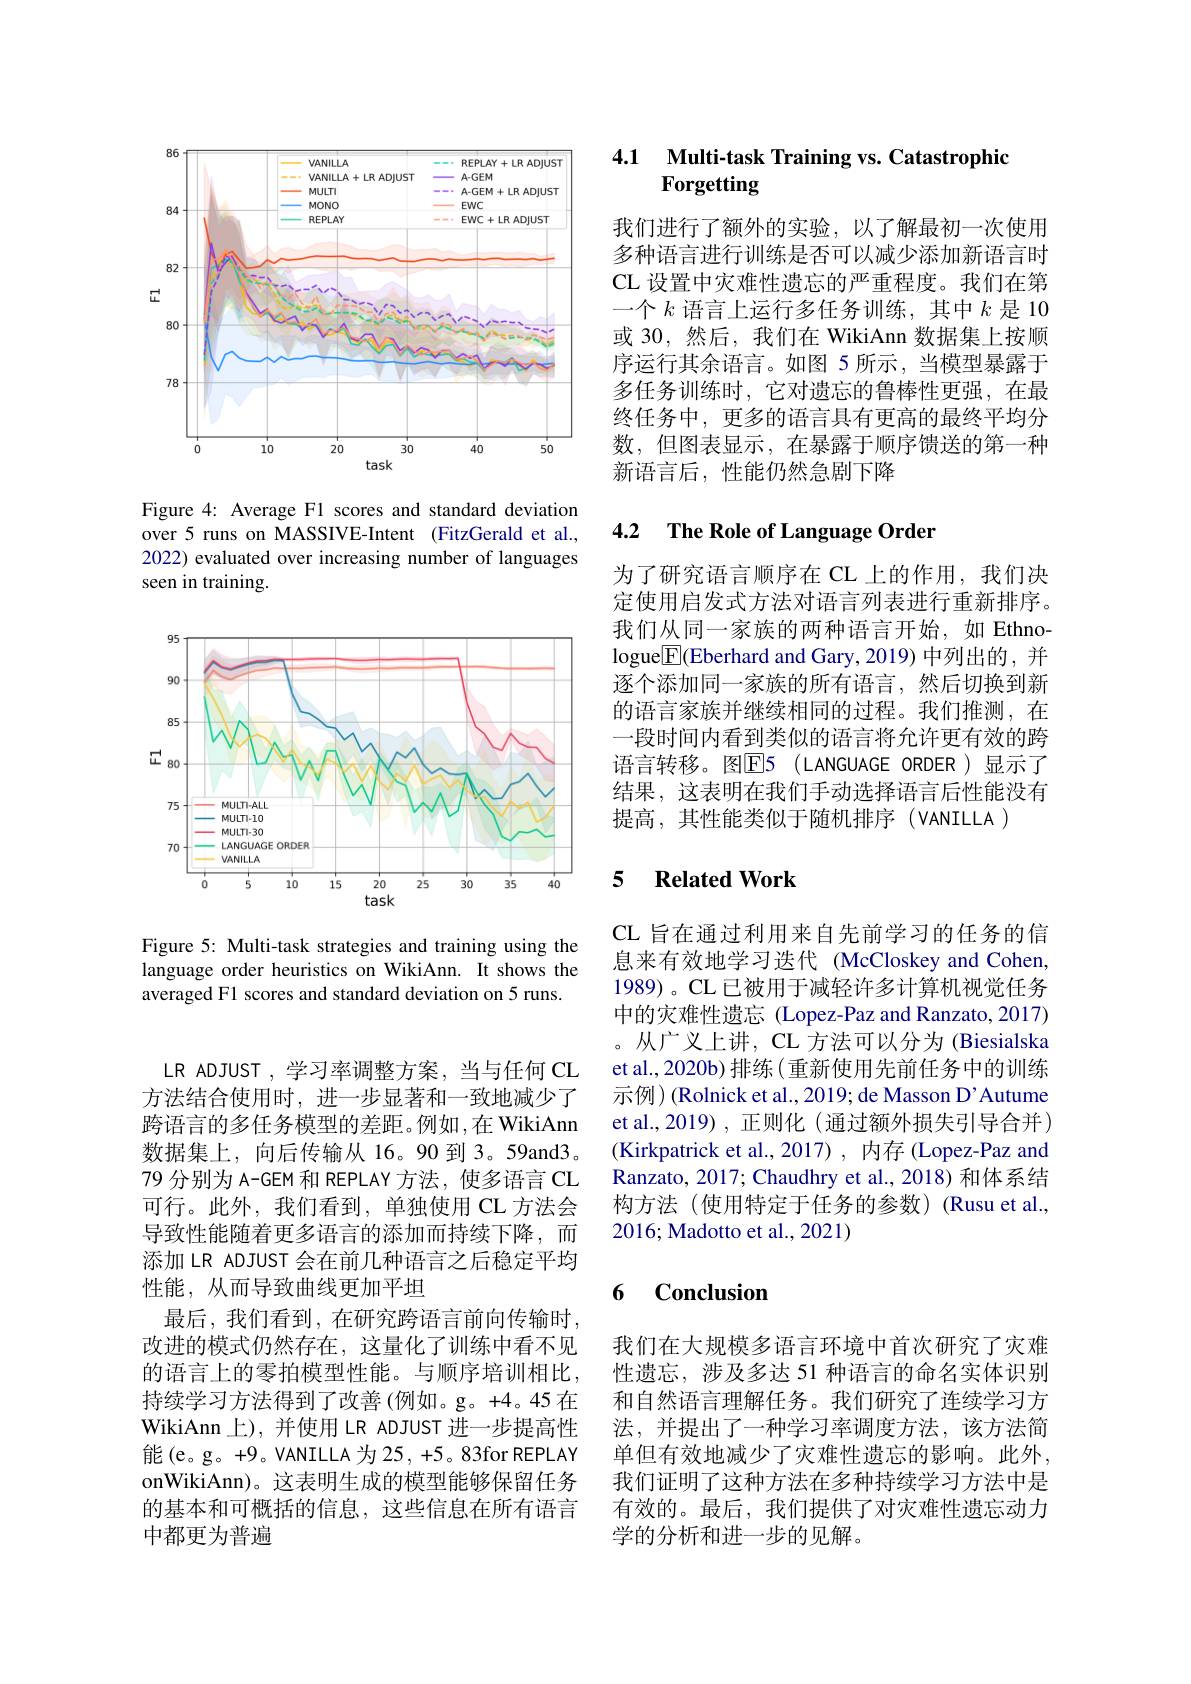
<FigureHere>

Figure 4: Average F1 scores and standard deviation over 5 runs on MASSIVE-Intent (FitzGerald et al., 2022) evaluated over increasing number of languages seen in training.

<FigureHere>

Figure 5: Multi-task strategies and training using the language order heuristics on WikiAnn. It shows the averaged F1 scores and standard deviation on 5 runs.

### 4.1 $\textbf{Multi- task Training vs. Catastrophic}$ Forgetting

我们进行了额外的实验，以了解最初一次使用多种语言进行训练是否可以减少添加新语言时CL 设置中灾难性遗忘的严重程度。我们在第一个$k$语言上运行多任务训练，其中$k$是 10或 30,然后，我们在 WikiAnn 数据集上按顺序运行其余语言。如图 5 所示，当模型暴露于多任务训练时，它对遗忘的鲁棒性更强，在最终任务中，更多的语言具有更高的最终平均分数，但图表显示，在暴露于顺序馈送的第一种新语言后，性能仍然急剧下降

## 4.2 $\textbf{The Role of Language Order}$

为了研究语言顺序在 CL 上的作用，我们决定使用启发式方法对语言列表进行重新排序。我们从同一家族的两种语言开始，如 Ethnologue$\underline{\mathrm{E}}($Eberhard and Gary, 2019) 中列出的，并逐个添加同一家族的所有语言，然后切换到新的语言家族并继续相同的过程。我们推测，在一段时间内看到类似的语言将允许更有效的跨语言转移。图E5(LANGUAGE ORDER)显示了结果，这表明在我们手动选择语言后性能没有提高，其性能类似于随机排序(VANILLA)

### 5 $\textbf{RelatedWork}$

CL 旨在通过利用来自先前学习的任务的信息来有效地学习迭代 (McCloskey and Cohen, 1989)。CL 已被用于减轻许多计算机视觉任务中的灾难性遗忘 (Lopez-Paz and Ranzato, 2017) 。从广义上讲，CL 方法可以分为 (Biesialska et al., 2020b) 排练( 重新使用先前任务中的训练示例)(Rolnick et al., 2019; de Masson D’Autume et al., 2019) , 正则化 (通过额外损失引导合并) (Kirkpatrick et al., 2017), 内存 (Lopez-Paz and Ranzato, 2017; Chaudhry et al., 2018) 和体系结构方法(使用特定于任务的参数)(Rusu et al., 2016; Madotto et al., 2021)

LR ADJUST , 学习率调整方案，当与任何 CL 方法结合使用时，进一步显著和一致地减少了跨语言的多任务模型的差距。例如，在 WikiAnn 数据集上，向后传输从16。90 到 3。59and3。79 分别为 A-GEM 和 REPLAY 方法，使多语言 CL 可行。此外，我们看到，单独使用 CL 方法会导致性能随着更多语言的添加而持续下降，而添加 LR ADJUST 会在前几种语言之后稳定平均性能，从而导致曲线更加平坦
最后，我们看到，在研究跨语言前向传输时。改进的模式仍然存在，这量化了训练中看不见的语言上的零拍模型性能。与顺序培训相比， 持续学习方法得到了改善 (例如。g。+4。45 在WikiAnn 上),并使用 LR ADJUST 进一步提高性能(e。g。+9。VANILLA 为 25, +5。83for REPLAY onWikiAnn)。这表明生成的模型能够保留任务的基本和可概括的信息，这些信息在所有语言中都更为普遍

### $\textbf{6 Conclusion}$

我们在大规模多语言环境中首次研究了灾难性遗忘，涉及多达 51 种语言的命名实体识别和自然语言理解任务。我们研究了连续学习方法，并提出了一种学习率调度方法，该方法简单但有效地减少了灾难性遗忘的影响。此外， 我们证明了这种方法在多种持续学习方法中是有效的。最后，我们提供了对灾难性遗忘动力学的分析和进一步的见解。